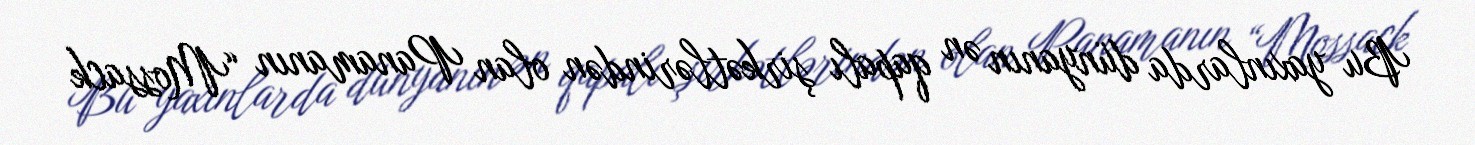
Bu yaxınlarda dünyanın ən qapalı şirkətlərindən olan Panamanın “Mossack